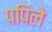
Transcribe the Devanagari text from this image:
पपिले